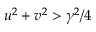
u ^ { 2 } + v ^ { 2 } > \gamma ^ { 2 } / 4